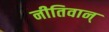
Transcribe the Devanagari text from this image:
नीतिवान्‌